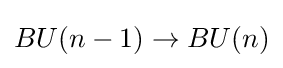
BU(n-1)\to BU(n)